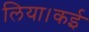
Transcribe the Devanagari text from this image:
लिया।कई